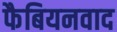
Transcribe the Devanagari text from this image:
फैबियनवाद